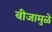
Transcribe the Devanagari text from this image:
बीजामुळे